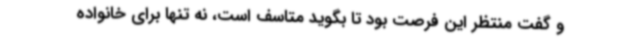
و گفت منتظر این فرصت بود تا بگوید متاسف است، نه تنها برای خانواده